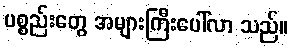
ပစ္စည်းတွေ အများကြီးပေါ်လာ သည်။